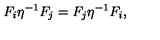
F _ { i } \eta ^ { - 1 } F _ { j } = F _ { j } \eta ^ { - 1 } F _ { i } ,